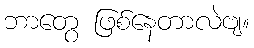
ဘာတွေ ဖြစ်နေတာလဲဗျ။